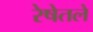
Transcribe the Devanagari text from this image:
रेषेतले